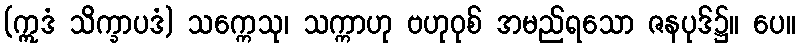
(ဣဒံ သိက္ခာပဒံ) သက္ကေသု၊ သက္ကာဟု ဗဟုဝုစ် အမည်ရသော ဇနပုဒ်၌။ ပေ။